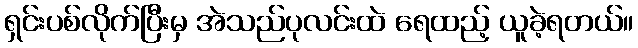
ရှင်းပစ်လိုက်ပြီးမှ အဲသည်ပုလင်းထဲ ရေထည့် ယူခဲ့ရတယ်။